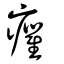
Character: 癯